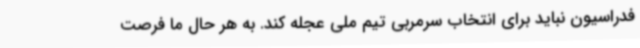
فدراسیون نباید برای انتخاب سرمربی تیم ملی عجله کند. به هر حال ما فرصت